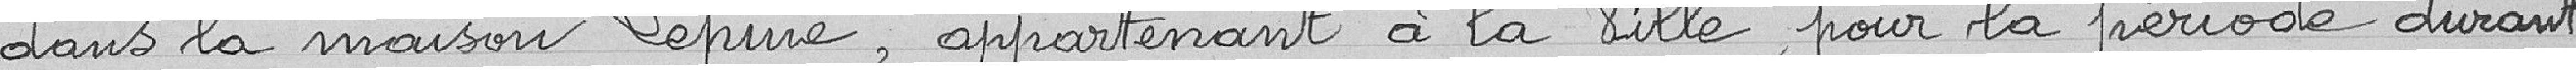
dans la maison Lépine, appartenant à la Ville, pour la période durant